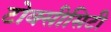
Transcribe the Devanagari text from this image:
टोक्सीसिटी